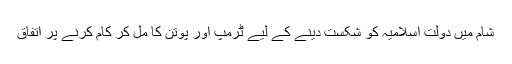
شام میں دولت اسلامیہ کو شکست دینے کے لیے ٹرمپ اور پوتن کا مل کر کام کرنے پر اتفاق